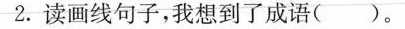
2.读画线句子，我想到了成语()。